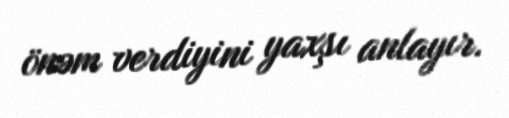
önəm verdiyini yaxşı anlayır.